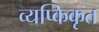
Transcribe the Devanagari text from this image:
व्यप्किकृत